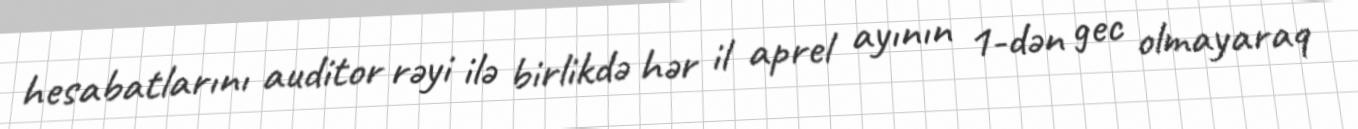
hesabatlarını auditor rəyi ilə birlikdə hər il aprel ayının 1-dən gec olmayaraq